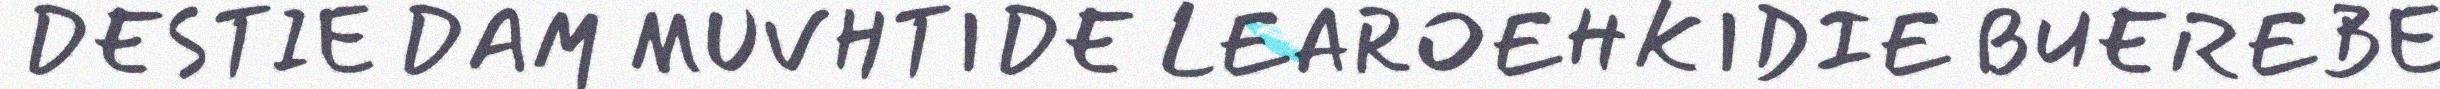
DESTIE DAM MUVHTIDE LEAROEHKIDIE BUEREBE